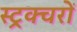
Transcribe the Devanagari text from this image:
स्ट्रक्चरों